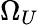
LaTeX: \Omega_{U}